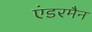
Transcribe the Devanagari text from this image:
एंडरमैन